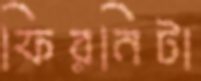
ফিরনিটা